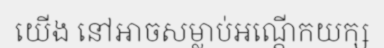
យើង នៅអាចសម្លាប់អណ្តើកយក្ស